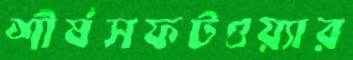
শীর্ষসফটওয়্যার